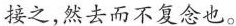
接之，然去而不复念也。